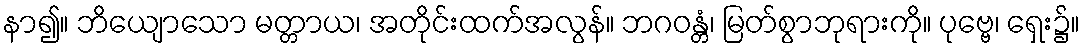
နာ၍။ ဘိယျောသော မတ္တာယ၊ အတိုင်းထက်အလွန်။ ဘဂဝန္တံ၊ မြတ်စွာဘုရားကို။ ပုဗ္ဗေ၊ ရှေး၌။